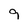
Character: 9